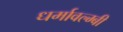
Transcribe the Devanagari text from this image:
धर्मावल्म्बी